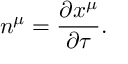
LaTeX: n ^ { \mu } = \frac { \partial x ^ { \mu } } { \partial \tau } .